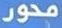
محور